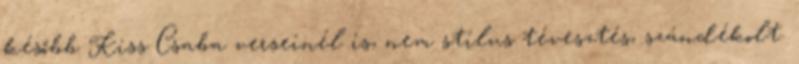
később Kiss Csaba verseinél is, nem stílus tévesztés, szándékolt.